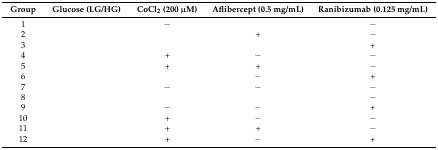
<table><thead><tr><td><b>Group</b></td><td><b>Glucose (LG/HG)</b></td><td><b>CoCl<sub>2</sub> (200 μM)</b></td><td><b>Aflibercept (0.5 mg/mL)</b></td><td><b>Ranibizumab (0.125 mg/mL)</b></td></tr></thead><tbody><tr><td>1</td><td>[EMPTY_CELL]</td><td>−</td><td>[EMPTY_CELL]</td><td>−</td></tr><tr><td>2</td><td>[EMPTY_CELL]</td><td>[EMPTY_CELL]</td><td>+</td><td>−</td></tr><tr><td>3</td><td>[EMPTY_CELL]</td><td>[EMPTY_CELL]</td><td>[EMPTY_CELL]</td><td>+</td></tr><tr><td>4</td><td>[EMPTY_CELL]</td><td>+</td><td>−</td><td>−</td></tr><tr><td>5</td><td>[EMPTY_CELL]</td><td>+</td><td>+</td><td>−</td></tr><tr><td>6</td><td>[EMPTY_CELL]</td><td>[EMPTY_CELL]</td><td>−</td><td>+</td></tr><tr><td>7</td><td>[EMPTY_CELL]</td><td>−</td><td>−</td><td>−</td></tr><tr><td>8</td><td>[EMPTY_CELL]</td><td>[EMPTY_CELL]</td><td>[EMPTY_CELL]</td><td>−</td></tr><tr><td>9</td><td>[EMPTY_CELL]</td><td>−</td><td>−</td><td>+</td></tr><tr><td>10</td><td>[EMPTY_CELL]</td><td>+</td><td>−</td><td>−</td></tr><tr><td>11</td><td>[EMPTY_CELL]</td><td>+</td><td>+</td><td>−</td></tr><tr><td>12</td><td>[EMPTY_CELL]</td><td>+</td><td>−</td><td>+</td></tr></tbody></table>